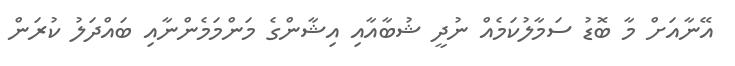
އޭނާއަށް މާ ބޮޑު ސަމާލުކަމެއް ނުދީ ޝުބާއާއި އިޝާންގެ މަންމަމެންނާއި ބައްދަލު ކުރަން